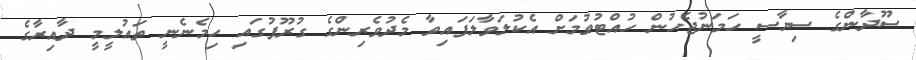
ސޫދާންގެ ސިޔާސީ ހަމަނުޖެހުން ހުއްޓުވުމަށް އެކުލަވާލަފައިވާ މެދުވެރިންގެ ގުރޫޕުގައި ހިމެނެނީ ތައުލީމީ ދާއިރާގެ